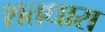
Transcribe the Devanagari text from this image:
शतधारा